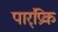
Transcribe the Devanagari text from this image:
पार्ंप्रिक